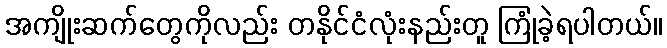
အကျိုးဆက်တွေကိုလည်း တနိုင်ငံလုံးနည်းတူ ကြုံခဲ့ရပါတယ်။